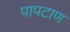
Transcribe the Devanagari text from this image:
पापटाण